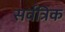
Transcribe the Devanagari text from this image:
सर्वत्रिक